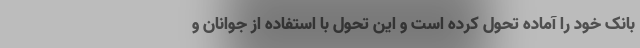
بانک خود را آماده تحول کرده است و این تحول با استفاده از جوانان و